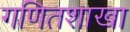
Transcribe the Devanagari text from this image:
गणितशाखा